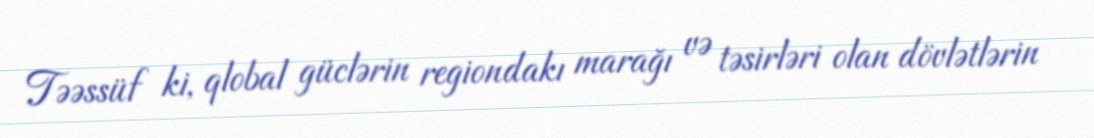
Təəssüf ki, qlobal güclərin regiondakı marağı və təsirləri olan dövlətlərin